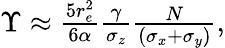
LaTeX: \begin{array}{r}{\Upsilon\approx\frac{5r_{e}^{2}}{6\alpha}\frac{\gamma}{\sigma_{z}}\frac{N}{(\sigma_{x}+\sigma_{y})},}\end{array}